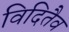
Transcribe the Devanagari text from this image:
विदितैव